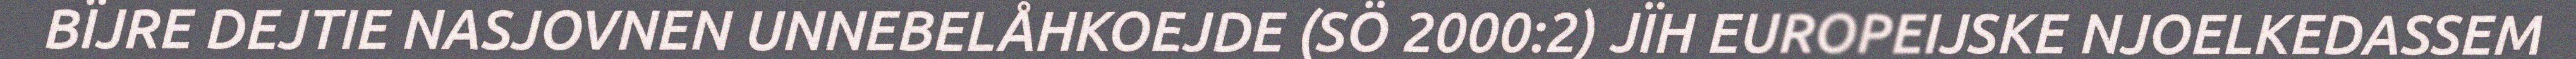
BÏJRE DEJTIE NASJOVNEN UNNEBELÅHKOEJDE (SÖ 2000:2) JÏH EUROPEIJSKE NJOELKEDASSEM